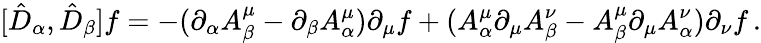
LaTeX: [\hat{D}_{\alpha},\hat{D}_{\beta}]f=-(\partial_{\alpha}A_{\beta}^{\mu}-\partial_{\beta}A_{\alpha}^{\mu})\partial_{\mu}f+(A_{\alpha}^{\mu}\partial_{\mu}A_{\beta}^{\nu}-A_{\beta}^{\mu}\partial_{\mu}A_{\alpha}^{\nu})\partial_{\nu}f\, .